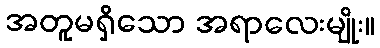
အတူမရှိသော အရာလေးမျိုး။